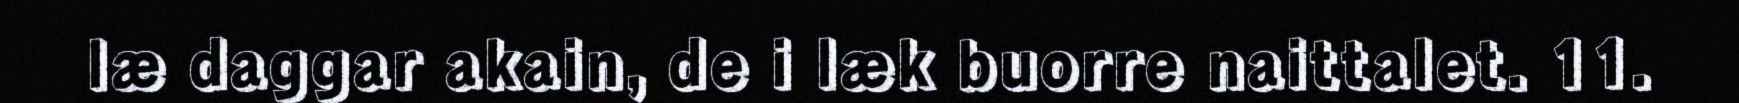
læ daggar akain, de i læk buorre naittalet. 11.